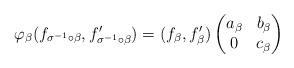
LaTeX: \begin{align*}\varphi_{\beta} (f_{\sigma^{-1}\circ \beta}, f'_{\sigma^{-1}\circ \beta})=(f_\beta, f'_\beta) \begin{pmatrix}a_\beta & b_\beta \\ 0 & c_\beta \end{pmatrix}\end{align*}